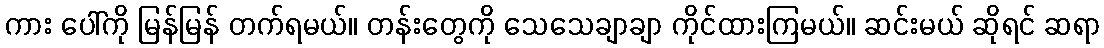
ကား ပေါ်ကို မြန်မြန် တက်ရမယ်။ တန်းတွေကို သေသေချာချာ ကိုင်ထားကြမယ်။ ဆင်းမယ် ဆိုရင် ဆရာ